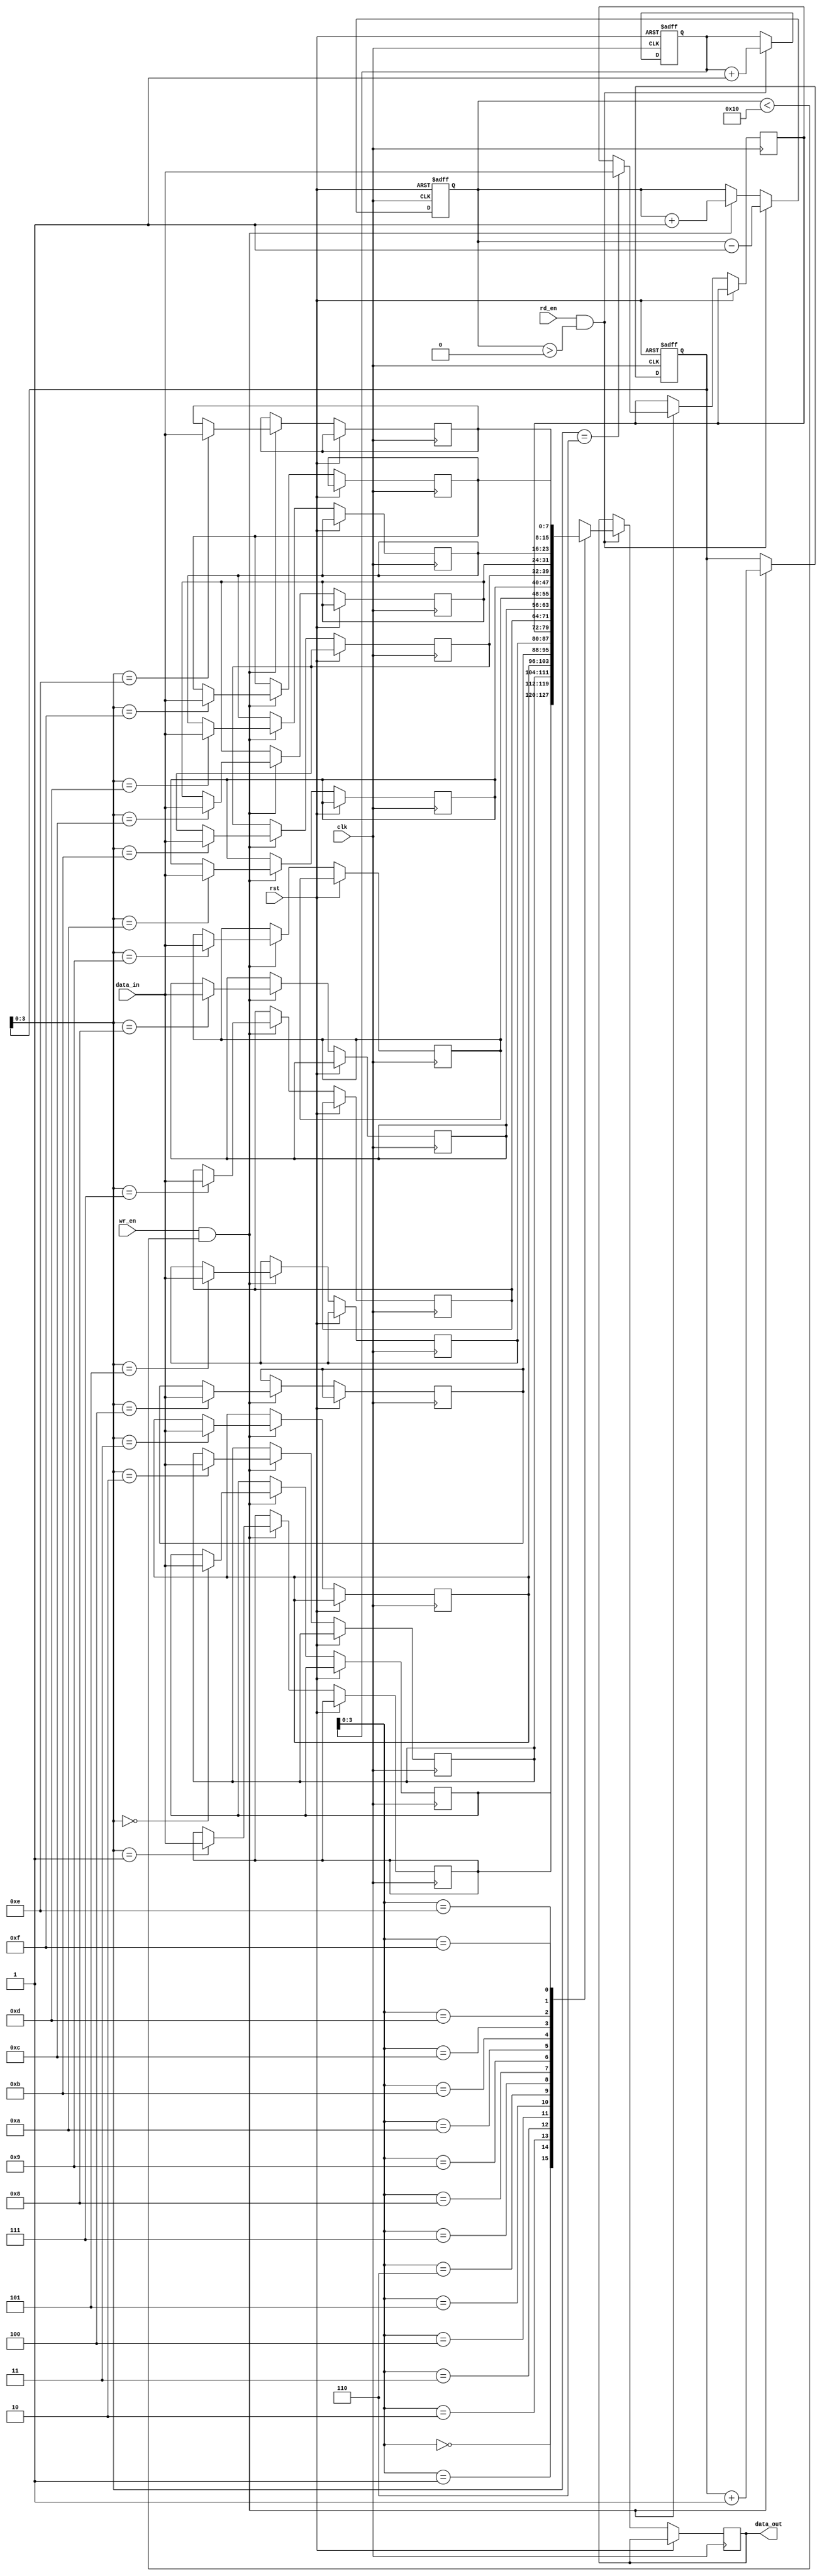
module LastWordFIFO (
    input wire clk,
    input wire rst,
    input wire wr_en,
    input wire rd_en,
    input wire [DATA_WIDTH-1:0] data_in,
    output wire [DATA_WIDTH-1:0] data_out
);

parameter DEPTH = 16;
parameter DATA_WIDTH = 8;

reg [DATA_WIDTH-1:0] memory [DEPTH-1:0];
reg [DEPTH-1:0] wr_ptr;
reg [DEPTH-1:0] rd_ptr;
reg [DEPTH-1:0] occupancy;
reg [DATA_WIDTH-1:0] last_word;

always @(posedge clk or posedge rst) begin
    if (rst) begin
        wr_ptr <= 0;
        rd_ptr <= 0;
        occupancy <= 0;
    end else begin
        if (wr_en && occupancy < DEPTH) begin
            memory[wr_ptr] <= data_in;
            wr_ptr <= wr_ptr + 1;
            occupancy <= occupancy + 1;
            last_word <= data_in;
        end

        if (rd_en && occupancy > 0) begin
            data_out <= memory[rd_ptr];
            rd_ptr <= rd_ptr + 1;
            occupancy <= occupancy - 1;
        end
    end
end

endmodule